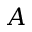
A